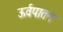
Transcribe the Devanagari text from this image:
ऊर्वपातन